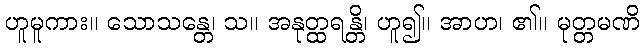
ဟူမူကား။ သောသန္တေ၊ သ။ အနုတ္ထရန္တိ၊ ဟူ၍။ အာဟ၊ ၏။ မုတ္တမဏိ